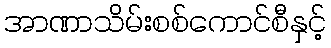
အာဏာသိမ်းစစ်ကောင်စီနှင့်